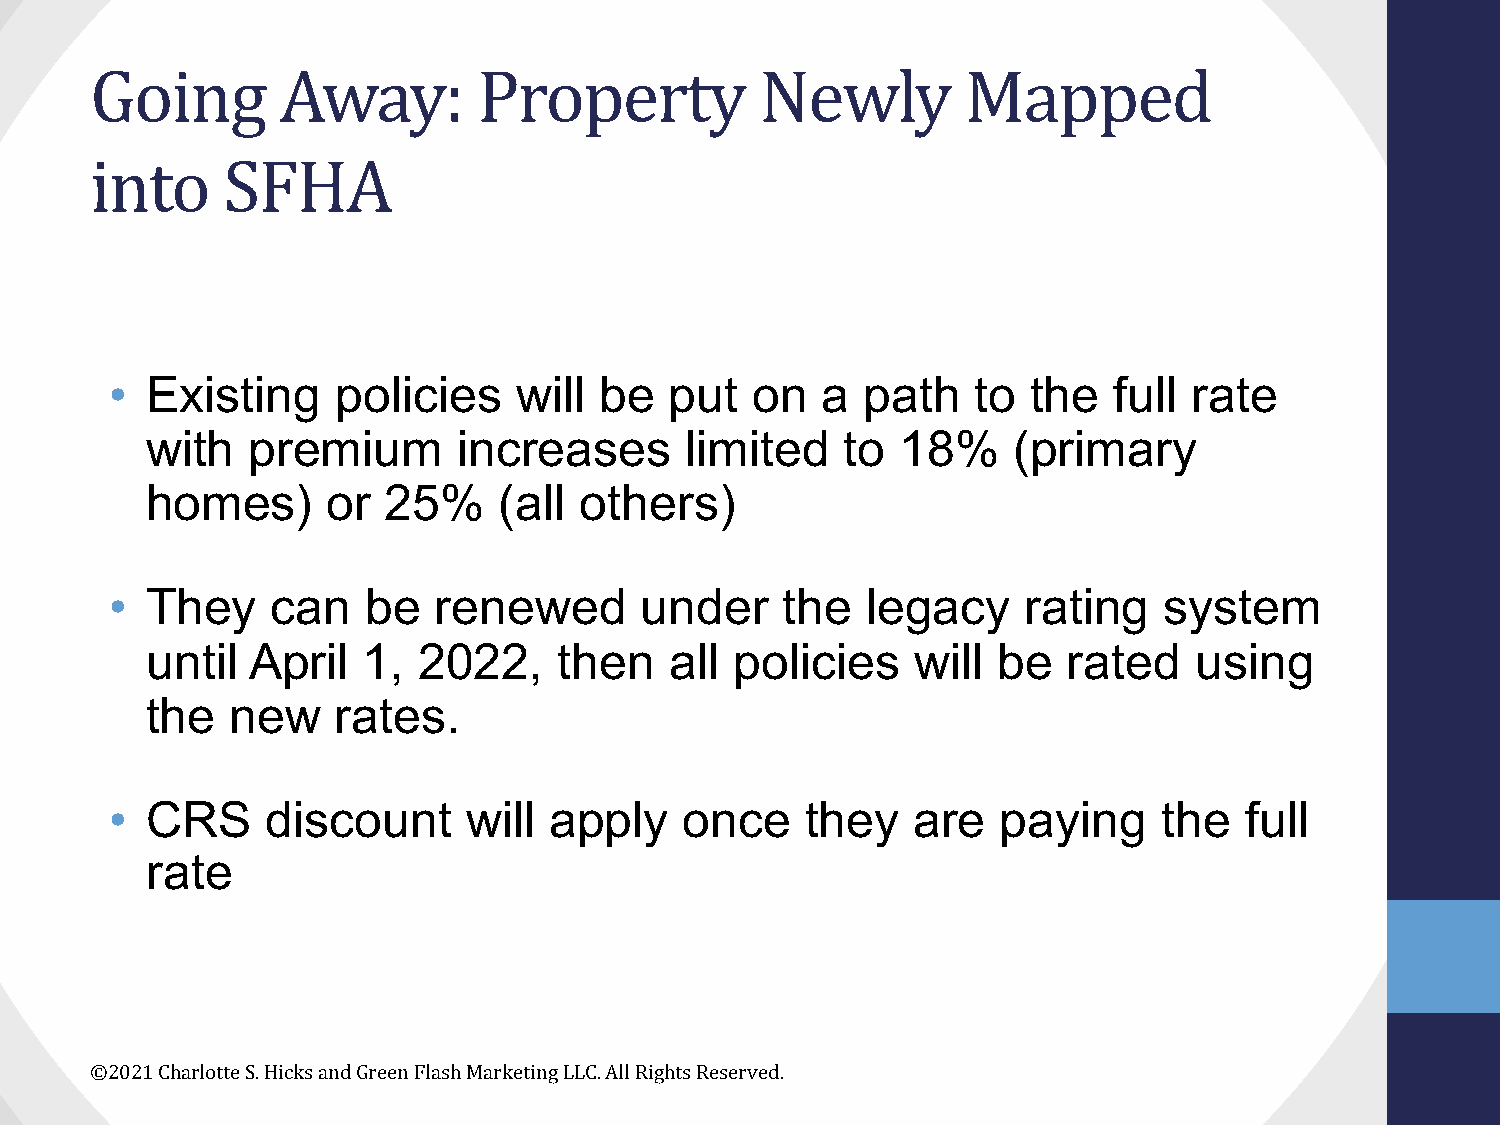
Going       Away:         Property          Newly         Mapped
 into     SFHA
 •  Existing    policies    will  be  put   on  a  path    to the   full rate
 with  premium       increases      limited    to  18%    (primary
 homes)      or  25%    (all others)
 •  They    can   be   renewed      under     the  legacy     rating   system
 until  April  1,  2022,    then   all  policies    will be   rated   using
 the  new    rates.
 •  CRS     discount     will apply    once    they    are  paying     the  full
 rate
 ©2021 Charlotte S. Hicks and Green Flash Marketing LLC. All Rights Reserved.